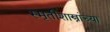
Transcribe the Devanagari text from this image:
स्मृतीशास्त्रांच्या